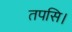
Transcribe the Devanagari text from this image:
तपसि।